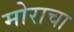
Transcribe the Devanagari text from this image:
मोराचा